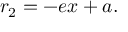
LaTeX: r _ { 2 } = - e x + a . \,